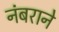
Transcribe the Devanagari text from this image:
नंबराने